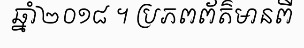
ឆ្នាំ២០១៨ ។ ប្រភពព័ត៌មានពី